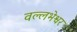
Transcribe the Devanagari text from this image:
वल्लभेश्वर